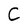
Character: C